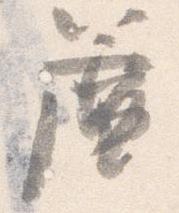
簾